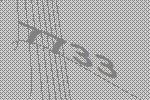
7733